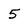
Character: 5